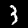
Digit: 3